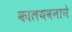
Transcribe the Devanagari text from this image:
कालयवनाने